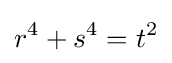
r^{4}+s^{4}=t^{2}